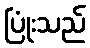
ပြုံးသည်